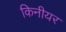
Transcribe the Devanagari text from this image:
किनीयर